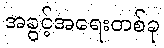
အခွင့်အရေးတစ်ခု